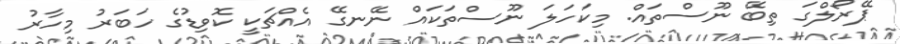
ޕޭރޯލްގަ ތިބޭ ނޫސްތައް. މިކަހަލަ ނޫސްތަކައް ނޭނގޭ އެއްޗަކީ ކޮވިޑުގެ ހަބަރު މިހާރު